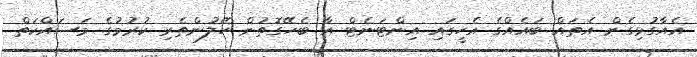
އެއާގުޅިގެން އެތައް ބައެއްގެ އެހީގައި އިންޓަނެޓް އާ ބެހޭގޮތުން ހޭލުންތެރި ކުރުމުގެ މަސައްކަތް